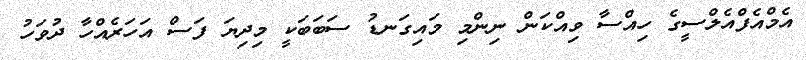
އެމްއެފްއެލްސީގެ ހިއްސާ ވިއްކަން ނިންމި މައިގަނޑު ސަބަބަކީ މިދިޔަ ފަސް އަހަރެއްހާ ދުވަހު